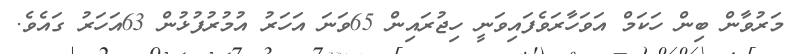
މަރުވާން ބިން ހަކަމް އަވަހާރަވެފައިވަނީ ހިޖުރައިން 65ވަނަ އަހަރު އުމުރުފުޅުން 63އަހަރު ގައެވެ.